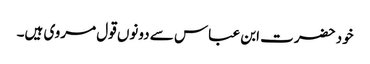
خود حضرت ابن عباس سے دونوں قول مروی ہیں۔